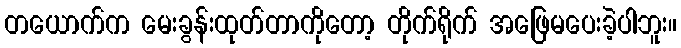
တယောက်က မေးခွန်းထုတ်တာကိုတော့ တိုက်ရိုက် အဖြေမပေးခဲ့ပါဘူး။